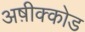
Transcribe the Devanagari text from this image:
अष़ीक्कोड